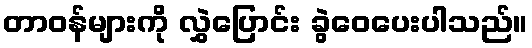
တာဝန်များကို လွှဲပြောင်း ခွဲဝေပေးပါသည်။